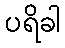
ပရိခါ